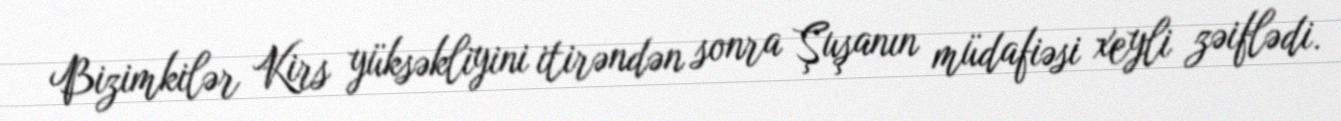
Bizimkilər Kirs yüksəkliyini itirəndən sonra Şuşanın müdafiəsi xeyli zəiflədi.